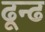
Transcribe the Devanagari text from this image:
ढून्ढ